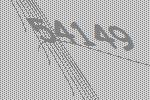
54149